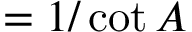
= { 1 / \cot A }